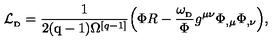
{ \cal L } _ { _ \mathrm { D } } = { \frac { 1 } { 2 ( \mathrm { q - 1 } ) \Omega ^ { [ q - 1 ] } } } \Big ( \Phi R - { \frac { \omega _ { _ \mathrm { D } } } { \Phi } } g ^ { \mu \nu } \Phi _ { , \mu } \Phi _ { , \nu } \Big ) ,